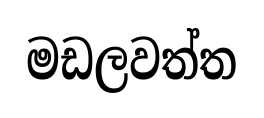
මඩලවත්ත